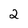
Character: 2